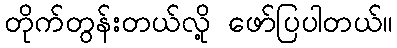
တိုက်တွန်းတယ်လို့ ဖော်ပြပါတယ်။